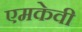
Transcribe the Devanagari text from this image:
एमकेवी